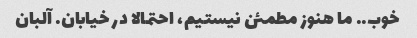
خوب.. ما هنوز مطمئن نیستیم، احتمالا در خیابان. آلبان